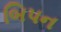
બિપન